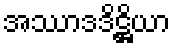
အဿာဒဒိဋ္ဌိယာ